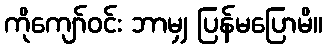
ကိုကျော်ဝင်း ဘာမျှ ပြန်မပြောမိ။